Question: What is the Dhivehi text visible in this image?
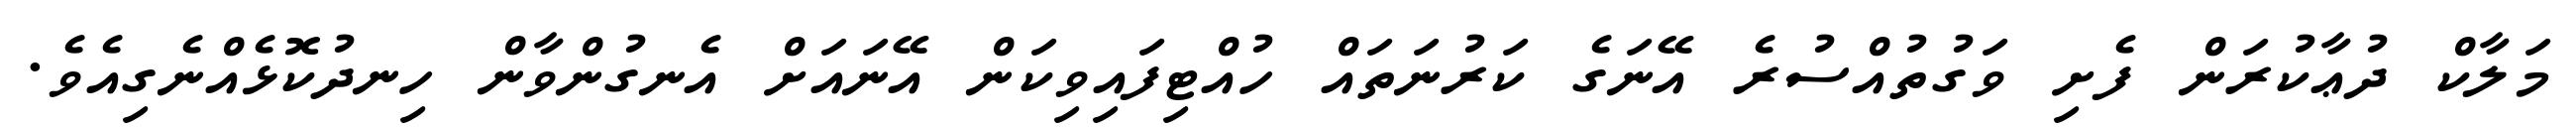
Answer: މަލާކް ދުޢާކުރަން ފެށި ވަގުތުއްސުރެ އޭނަގެ ކަރުނަތައް ހުއްޓިފައިވިކަން އޭނައަށް އެނގުންވާން ހިނދުކޮޅެއްނެގިއެވެ.